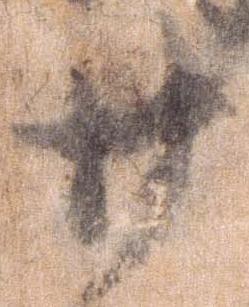
廿